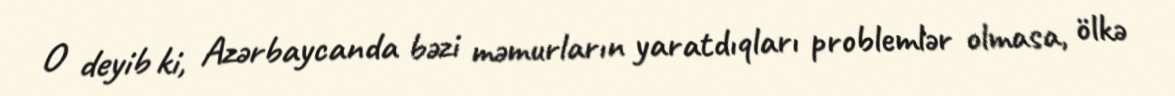
O deyib ki, Azərbaycanda bəzi məmurların yaratdıqları problemlər olmasa, ölkə